Civil Veterinary Dept. Assam report 1927-50 - 1927-1950
Year: 1927
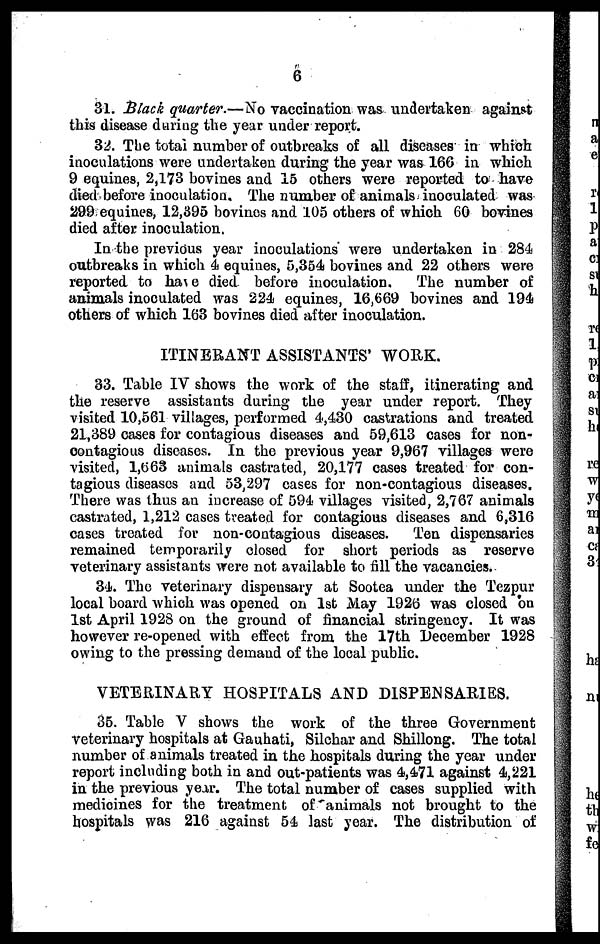
6
31. Black quarter.—No vaccination was undertaken against
this disease during the year under report.
32. The total number of outbreaks of all diseases in which
inoculations were undertaken during the year was 166 in which
9 equines, 2,173 bovines and 15 others were reported to have
died before inoculation. The number of animals inoculated was
299 equines, 12,395 bovines and 105 others of which 60 bovines
died after inoculation.
In the previous year inoculations' were undertaken in 284
outbreaks in which 4 equines, 5,354 bovines and 22 others were
reported to have died before inoculation.
The number of
animals inoculated was 224 equines, 16,669 bovines and 194
others of which 163 bovines died after inoculation.
ITINERANT ASSISTANTS' WORK.
33. Table IV shows the work of the staff, itinerating and
the reserve assistants during the year under report. They
visited 10,561 villages, performed 4,430 castrations and treated
21,389 cases for contagious diseases and 59,613 cases for non-
contagious diseases. In the previous year 9,967 villages were
visited, 1,663 animals castrated, 20,177 cases treated for con-
tagious diseases and 53,297 cases for non-contagious diseases.
There was thus an increase of 594 villages visited, 2,767 animals
castrated, 1,212 cases treated for contagious diseases and 6,316
cases treated for non-contagious diseases.
Ten dispensaries
remained temporarily closed for short periods as reserve
veterinary assistants were not available to fill the vacancies.
34. The veterinary dispensary at Sootea under the Tezpur
local board which was opened on 1st May 1926 was closed on
1st April 1928 on the ground of financial stringency. It was
however re-opened with effect from the 17th December 1928
owing to the pressing demand of the local public.
VETERINARY HOSPITALS AND DISPENSARIES.
35. Table V shows the work of the three Government
veterinary hospitals at Gauhati, Silchar and Shillong. The total
number of animals treated in the hospitals during the year under
report including both in and out-patients was 4,471 against 4,221
in the previous year. The total number of cases supplied with
medicines for the treatment of animals not brought to the
hospitals was 216 against 54 last year. The distribution of